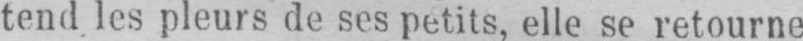
tend les pleurs de ses petits, elle se retourne